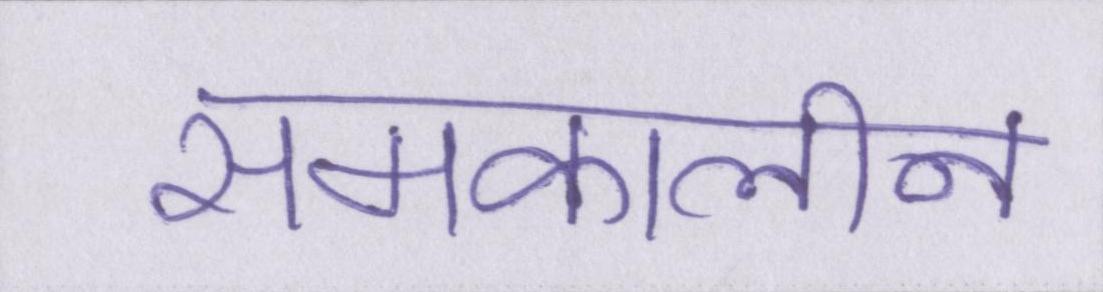
समकालीन